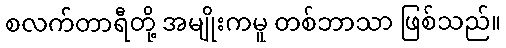
စလက်တာရီတို့ အမျိုးကမူ တစ်ဘာသာ ဖြစ်သည်။